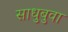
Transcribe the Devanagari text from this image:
साधुबुवा